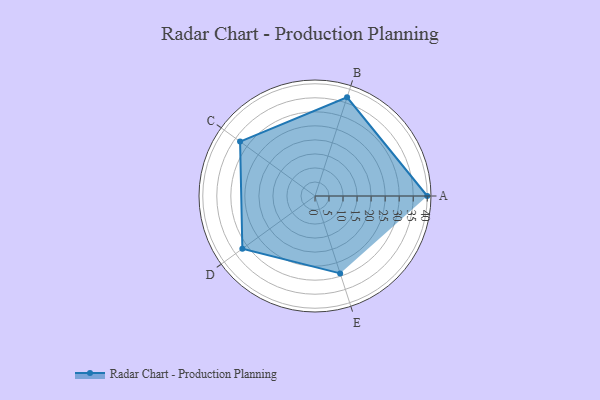
{"axis": {"x": "Skill", "y": "Score"}, "legend": ["Profile"], "data": [{"x": "A", "y": 40.0, "type": "Profile"}, {"x": "B", "y": 37.0, "type": "Profile"}, {"x": "C", "y": 33.0, "type": "Profile"}, {"x": "D", "y": 32.0, "type": "Profile"}, {"x": "E", "y": 29.0, "type": "Profile"}]}